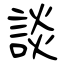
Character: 談